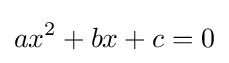
ax^{2}+bx+c=0